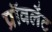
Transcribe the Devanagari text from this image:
प्रॉवलेंट